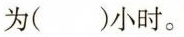
为( )小时。